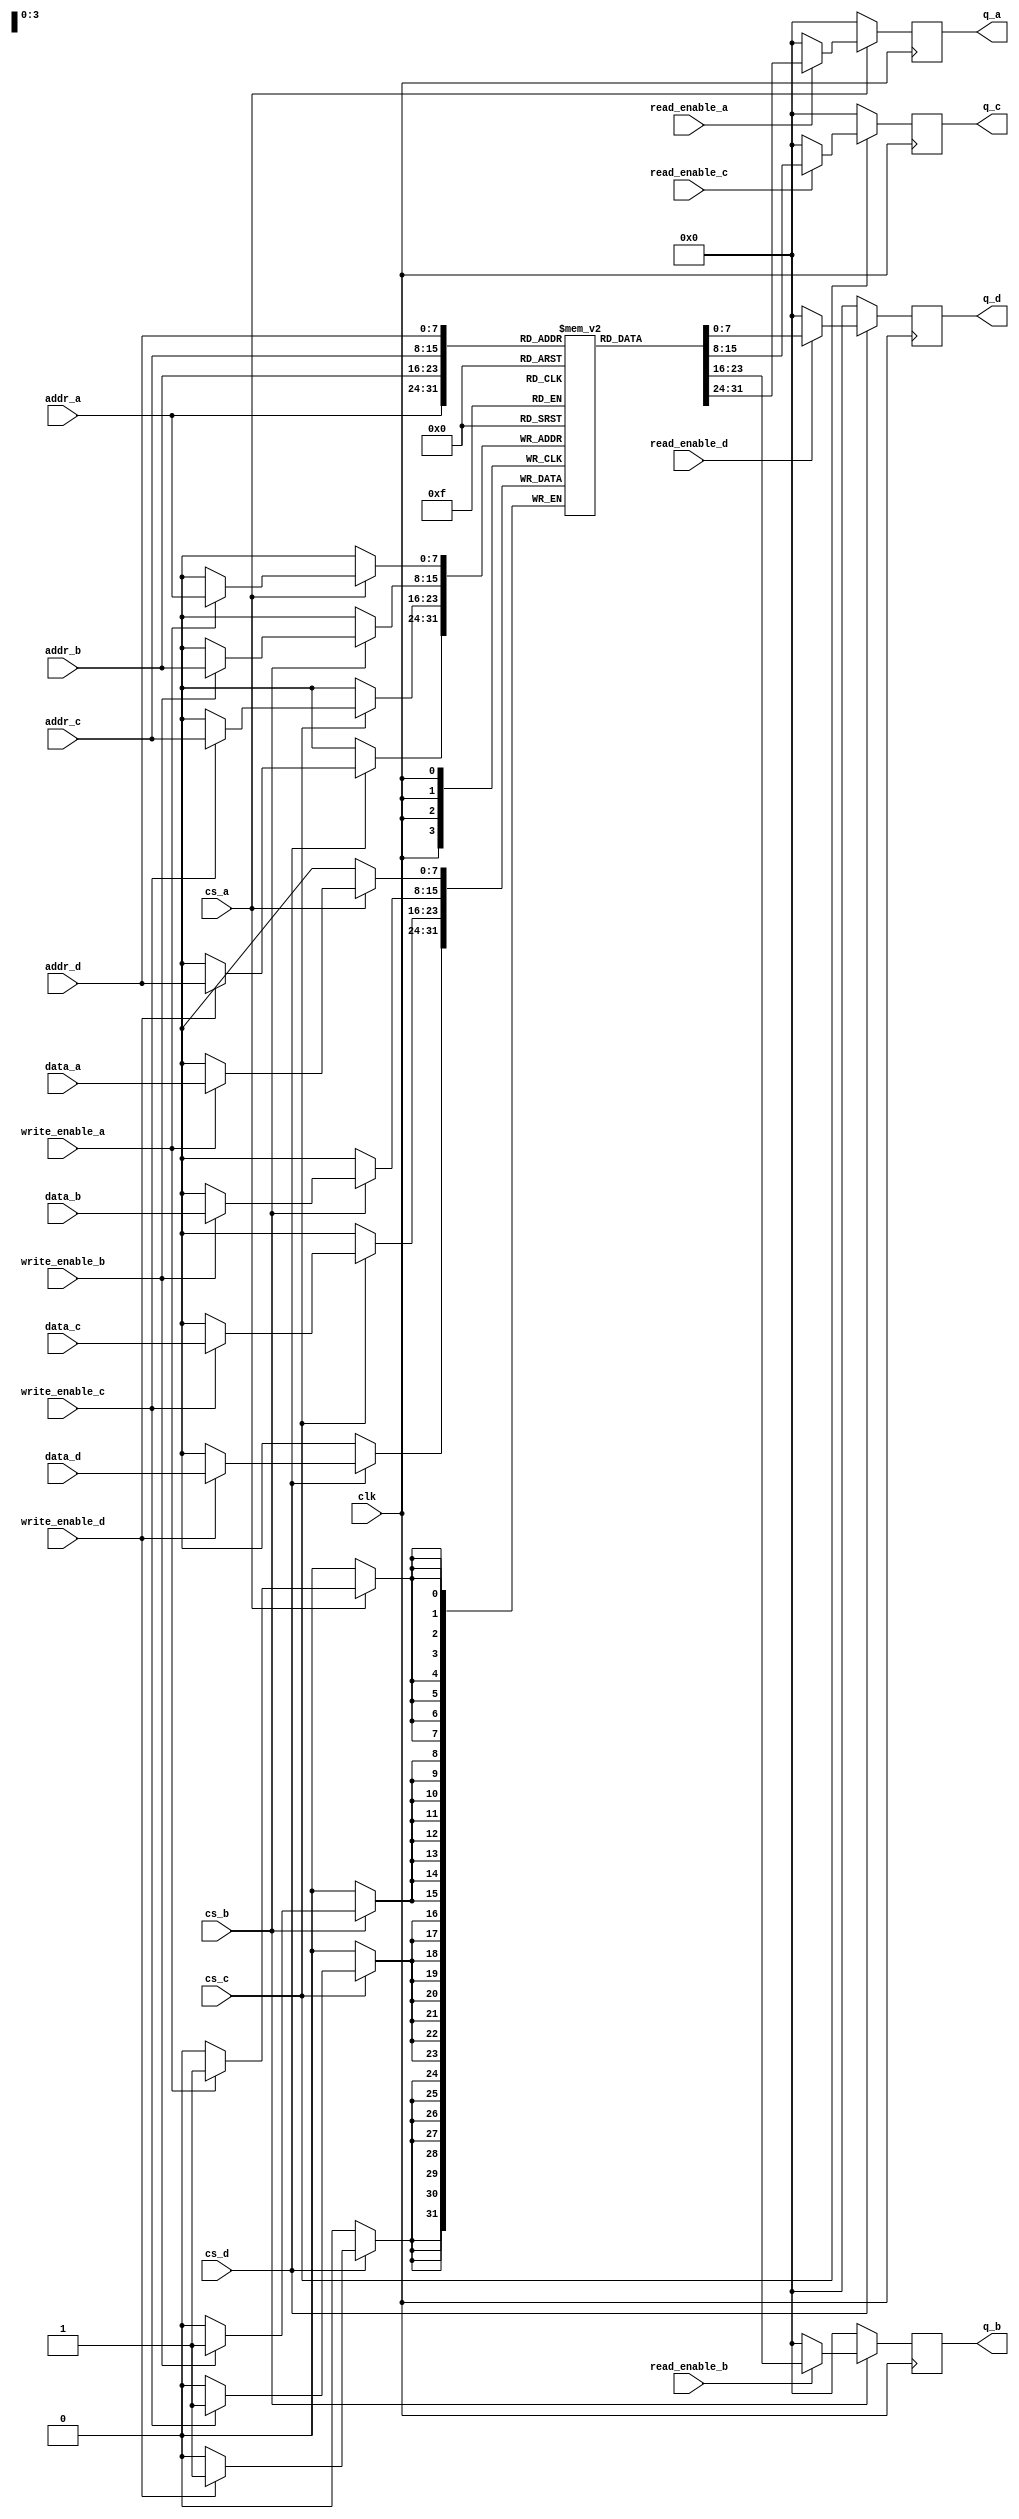
module quad_port_sram #(
    parameter ADDR_WIDTH = 8,      // Address width (e.g., 256 addresses)
    parameter DATA_WIDTH = 8,      // Data width (e.g., 8 bits)
    parameter MEM_DEPTH = 256       // Memory depth (2^ADDR_WIDTH)
)(
    // Port A
    input wire [ADDR_WIDTH-1:0] addr_a,
    input wire [DATA_WIDTH-1:0] data_a,
    input wire read_enable_a,
    input wire write_enable_a,
    input wire cs_a,
    output reg [DATA_WIDTH-1:0] q_a,

    // Port B
    input wire [ADDR_WIDTH-1:0] addr_b,
    input wire [DATA_WIDTH-1:0] data_b,
    input wire read_enable_b,
    input wire write_enable_b,
    input wire cs_b,
    output reg [DATA_WIDTH-1:0] q_b,

    // Port C
    input wire [ADDR_WIDTH-1:0] addr_c,
    input wire [DATA_WIDTH-1:0] data_c,
    input wire read_enable_c,
    input wire write_enable_c,
    input wire cs_c,
    output reg [DATA_WIDTH-1:0] q_c,

    // Port D
    input wire [ADDR_WIDTH-1:0] addr_d,
    input wire [DATA_WIDTH-1:0] data_d,
    input wire read_enable_d,
    input wire write_enable_d,
    input wire cs_d,
    output reg [DATA_WIDTH-1:0] q_d,

    // Clock
    input wire clk
);

    // Memory array declaration
    reg [DATA_WIDTH-1:0] memory [0:MEM_DEPTH-1];

    // Collision handling signals
    reg [MEM_DEPTH-1:0] write_mask;

    // Always block for read and write operations
    always @(posedge clk) begin
        // Initialize output data to 0
        q_a <= 0;
        q_b <= 0;
        q_c <= 0;
        q_d <= 0;
        
        // Handle Port A
        if (cs_a) begin
            if (write_enable_a) begin
                memory[addr_a] <= data_a; // Write data to memory
            end
            if (read_enable_a) begin
                q_a <= memory[addr_a]; // Read data from memory
            end
        end

        // Handle Port B
        if (cs_b) begin
            if (write_enable_b) begin
                memory[addr_b] <= data_b; // Write data to memory
            end
            if (read_enable_b) begin
                q_b <= memory[addr_b]; // Read data from memory
            end
        end

        // Handle Port C
        if (cs_c) begin
            if (write_enable_c) begin
                memory[addr_c] <= data_c; // Write data to memory
            end
            if (read_enable_c) begin
                q_c <= memory[addr_c]; // Read data from memory
            end
        end

        // Handle Port D
        if (cs_d) begin
            if (write_enable_d) begin
                memory[addr_d] <= data_d; // Write data to memory
            end
            if (read_enable_d) begin
                q_d <= memory[addr_d]; // Read data from memory
            end
        end
    end

endmodule